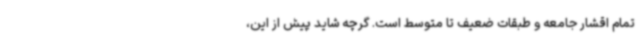
تمام اقشار جامعه و طبقات ضعیف تا متوسط است. گرچه شاید پیش از این،